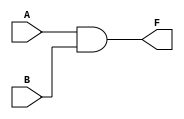
`timescale 1ns / 1ps 
//and gate 
module and_gate(
    input A,B,
    output F);
    
    and(F,A,B); //, 
    
endmodule

module half_adder_structural( //  :     
    input A,B,
    output sum,carry
    );
    
    xor(sum,A,B); //half_adder    
    and(carry,A,B);
      
endmodule






//half_adder_  
module half_adder_behavioral( //   :      
    input A,B, // wire
    output reg sum,carry 
    );
    
    always @(A,B)begin //always    reg reg=     
        case({A,B})
            2'b00:begin sum=0; carry=0; end //2bit//(2)////sum,carry    0+0
            2'b01:begin sum=1; carry=0; end //always =   reg 0+1 
            2'b10:begin sum=1; carry=0; end
            2'b11:begin sum=0; carry=1; end
            endcase
      end
      
endmodule


//half_adder_dataflow
module half_adder_detaflow(
    input A,B,
    output sum, carry
    );
    
    wire[1:0] sum_value; //   (2bit/,2 ) sum_value  
    
    assign sum_value = A+B; //assign:    assign =   ( )  1  2 
                            //A+B  sum_value 0,1,2 3  (2bit   3 ->3)
    assign sum = sum_value[0]; //sum_value 0() sum  //sum_value   2      sum . 
    assign carry= sum_value[1]; //sum_value 1  carry  ////sum_value   2      sum 
    

endmodule


//full_adder_structural
module full_adder_structural(
    input A,B,cin,
    output sum,carry);
    
    wire sum_0,carry_0,carry_1;
    
    //    ha           
    half_adder_behavioral ha0 (.A(A),.B(B),.sum(sum_0),.carry(carry_0)); //   half .A  (ha) A  A fa A   
     half_adder_behavioral ha1 (.A(sum_0),.B(cin),.sum(sum),.carry(carry_1)); //     
     //sum(sum) ha1 sum  sum  
     
     or(carry,carry_0, carry_1); //, ,  
     
 endmodule
 
 //1bit full_adder_
 module full_adder_behavioral(
    input A,B,cin,
    output reg sum,carry);
    
 always @(A,B,cin)begin //always    reg reg=     
        case({A,B,cin})
            3'b000:begin sum=0; carry=0; end //3bit//(2)////sum,carry   
            3'b001:begin sum=1; carry=0; end //always =   reg 
            3'b010:begin sum=1; carry=0; end //3bit ->3   sum1,  0 
            3'b011:begin sum=0; carry=1; end
            3'b100:begin sum=1; carry=0; end
            3'b101:begin sum=0; carry=1; end
            3'b110:begin sum=0; carry=1; end
            3'b111:begin sum=1; carry=1; end
            endcase
            
      end
 endmodule
 
 //1bit full_adder_dataflow
 module full_adder_detaflow(
    input A,B,cin,
    output sum, carry
    );
    
    wire[1:0] sum_value; //   (2bit/,2 ) sum_value  
    // 3  
    
    assign sum_value = A+B+cin; //assign:    assign =   ( )  1  2 
                            //A+B  sum_value 0,1,2 3  (2bit   3 ->3)
    assign sum = sum_value[0]; //sum_value 0() sum  //sum_value   2      sum . 
    assign carry= sum_value[1]; //sum_value 1  carry  ////sum_value   2      sum 
    

endmodule


//4bit_full_adder _  
  module fadder_4bit_s(
    input [3:0]A,B,
    input cin,
    output [3:0]sum,
    output carry);
    
    wire [2:0] carry_w; //  3 3 -> 0~2  : 3   carry_w     3  
 

  //   delay   carry[0
    full_adder_structural fa0 (.A(A[0]),.B(B[0]),.cin(cin), .sum(sum[0]),.carry(carry_w[0])); 
    full_adder_structural fa1( .A(A[1]), .B(B[1]), .cin(carry_w[0]), .sum(sum[1]),.carry(carry_w[1]));
    full_adder_structural fa2( .A(A[2]), .B(B[2]), .cin(carry_w[1]), .sum(sum[2]),.carry(carry_w[2]));
    full_adder_structural fa3( .A(A[3]), .B(B[3]), .cin(carry_w[2]), .sum(sum[3]),.carry(carry));
  
    
  endmodule

  
  //4bit_full_adder_  
   module fadder_4bit(
    input [3:0]A,B, //A,B 4bit . (4bit+4bit)
    input cin,
    output [3:0]sum,
    output carry);
    
    wire[4:0] temp;//temp 4bit + 4bit  5bit 5  
    
    assign temp = A+B+cin; 
    assign sum = temp[3:0]; //    1bit fulladder  ->   //4 sum  
    assign carry= temp[4]; //  carry  
    //temp[4:0] -> carry,sum[3:0] ->  5  
    //A:0101, B:0001, cin:0, sum[3:0]:0110 (A+B) carry:0,temp[4:0] :00110    
    
 
    endmodule
  
  
  //    
  module fadd_sub_4bit_s( 
    input [3:0]A,B,
    input s,   //add : s=0;, sub(): s=1
    output [3:0]sum,
    output carry);
    
    wire [2:0] carry_w; //  3 3 -> 0~2  : 3   carry_w     3  
  
    wire s0;
    xor (s0,B[0],s); //^:xor , &:and , |:or, ~ :not , ~^:xnor -> 
  
    full_adder_structural fa0 (.A(A[0]), .B(B[0]^s), .cin(s), .sum(sum[0]),.carry(carry_w[0])); //full adder b s xor    
    full_adder_structural fa1( .A(A[1]), .B(B[1]^s), .cin(carry_w[0]), .sum(sum[1]),.carry(carry_w[1])); //.B(B[1]^s == B(s1)
    full_adder_structural fa2( .A(A[2]), .B(B[2]^s), .cin(carry_w[1]), .sum(sum[2]),.carry(carry_w[2]));
    full_adder_structural fa3( .A(A[3]), .B(B[3]^s), .cin(carry_w[2]), .sum(sum[3]),.carry(carry)); 
    //not(carry,carry_w[3]);
   
  //    -> carry 0 ->carry 1    -->       
  //but''       
  //      
    
  endmodule
  
  //     
  module fadd_sub_4bit(
    input [3:0]A,B,
    input s,
    output [3:0] sum,
    output carry);
    
    wire[4:0] temp;
    assign temp = s ?  A - B : A + B;
    assign sum = temp[3:0];
    assign carry = ~temp[4]; //structural     
  
  endmodule

  // assign    A~^B    (   ) 
  module comparator_sub(
    input A,B,
    output equal,greater,less);
    
    assign equal = A ~^ B; //~^:xnor 
    assign greater =  A & ~B;
    assign less = ~A & B;
    
    
endmodule
 //  
 module comparator_dataflow(
    input A,B,
    output equal,greater,less);
    
    assign equal = (A == B)? 1'b1 : 1'b0; 
    assign greater =  (A > B) ? 1'b1 : 1'b0;
    assign less = (A < B) ? 1'b1 : 1'b0;
    
    
endmodule


//    (  ) 
 module comparator_N_bit #(parameter N = 4)(
    input [N-1:0 ]A,B, //4  [3:0]   
    output equal,greater,less);
    
    assign equal = (A == B)? 1'b1 : 1'b0;  // test ? A : B ==> test  A,  B 1'b1 
    assign greater =  (A > B) ? 1'b1 : 1'b0;//d-, b-2 
    assign less = (A < B) ? 1'b1 : 1'b0;
    
    
endmodule


//N-bit     ------> (???????????) 
module comparator_N_bit_test(
    input[1:0]A,B,
    output equal,greater,less);
    
    comparator_N_bit #(.N(2)) //16   8  
     c_16(.A(A), // c_16  
     .B(B), 
    .equal(equal), .greater(greater), .less(less));
    
endmodule

//   
  module comparator_N_bit_b #(parameter N = 4)(
    input [N-1:0 ]  A , B , //4  [3:0]   
    output reg equal,greater,less); //reg   
    
    always @(A,B) begin  //always  =    reg 
//         equal = (A == B)? 1'b1 : 1'b0; 
//         //assign alwyas   if   (: )   
//         assign if       
//         assign :  
//         always :   
        if(A == B) begin  //  :if () :     if     
            equal = 1;    
            greater = 0;
            less = 0;
        end
          else if(A > B) begin  // if     (A=B  )  else if     (   ) 
            equal = 0; 
            greater = 1;
            less = 0;
        end
        
        else begin //    if else  
            equal = 0; 
            greater = 0;
            less = 1;
        end
    end
   endmodule
   
   
   // 
 module decoder_2_4_s(
   input [1:0]  code,
   output [3:0] signal );
   
   wire [1:0] code_bar;
   not (code_bar[0], code[0]);
   not (code_bar[1], code[1]);
   
   and (signal[0], code_bar[1], code_bar[0]);
   and (signal[1], code_bar[1], code[0]);
   and (signal[2], code[1], code_bar[0]);
   and (signal[3], code[1], code[0]);    
   
   endmodule
  
  //    
module decoder_2_4_b(
   input[1:0] code,
   output reg [3:0] signal);
   
//   always @(code)
//    if      (code == 2'b00) signal = 4'b0001;
//    else if (code == 2'b01) signal = 4'b0010;
//    else if (code == 2'b10) signal = 4'b0100;
//    else                    signal = 4'b1000;

   always @(code) begin
        case(code)
           2'b00: signal = 4'b0001;
            2'b01:signal = 4'b0010;
            2'b10:signal = 4'b0100;
            2'b11:signal = 4'b1000;
            endcase
      end
   
   //always  case   -> begin,end 
  endmodule
 
 

   //////// /en 2*4_    //////////////////////////////////////////////
 module decoder_2_4_b_en(
   input[1:0] code,
   input en,
   output reg [3:0] signal
   );
   
     always @(code) begin
      if(en==1) 
        case(code) 
            2'b00: signal= 4'b0001;
            2'b01:signal = 4'b0010;
            2'b10:signal = 4'b0100;
            2'b11:signal = 4'b1000;
         endcase
         
     else 
            signal= 4'b0000;
      
     end 
     
   endmodule
 
   
   
   //////// /en 3*8 _   (en  2*4 _  2 ) //////////////////////////////////////////////////////////
 module decoder_3_8_b_en(
    input [2:0] code,
    output[7:0] signal); 
    
    decoder_2_4_b_en dec_low (.code(code[1:0]) , .en(~code[2]), .signal(signal[3:0]));    
    decoder_2_4_b_en dec_high (.code(code[1:0]) , .en(code[2]), .signal(signal[7:4])); 
    
    endmodule

 
   //   
 module decoder_2_4_d(
     input[1:0] code, //2 input code 
     output [3:0] signal);// 0~3 4 output signal  
   
    assign signal = (code == 2'b00) ? 4'b0001 : // code = 00  signal=0001 //   
                    (code == 2'b01) ? 4'b0010 : //code=00    //code=01  signal=0010 //   
                    (code == 2'b10) ? 4'b0100: 4'b1000;  //code=01    //code=10 signal=0100 //code=10  signal=1000  
   
   
 endmodule
 
 

 //enable  2*4    
 module decoder_2_4_en(
     input[1:0] code,
     input enable,
     output [3:0] signal);

    assign signal = (enable == 1'b0 ) ? 4 'b0000 : //enable 0 signal=0000// (enable=1)   
    (code == 2'b00)  ? 4'b0001 :  // code = 00  signal=0001 //  
    (code == 2'b01) ? 4'b0010 :   //code=00    //code=01  signal=0010 //  
    (code == 2'b10) ? 4'b0100: 4'b1000;  //code=01    //code=10 signal=0100 //code=10  signal=1000 
   
  
 endmodule
 
 
 
  //3*8 2*4 2     
 module decoder_3_8(
    input [2:0] code,
    output[7:0] signal);
    
    decoder_2_4_en dec_low (.code(code[1:0]), //decoder_2_4_en code   code[1:0]  //low (1->0) 
                           .enable(~code[2]),//decoder_2_4_en enable   ~code[2]  
                      .signal(signal[3:0]));//decoder_2_4_en signal   signal[3:0]     
    decoder_2_4_en dec_high (.code(code[1:0]) , 
                              .enable(code[2]), 
                         .signal(signal[7:4])); //decoder_2_4_en signal   signal[7:4]  //high (1->1)
    
    endmodule
 
  //   
 module encoder_4_2(
    input [3:0] signal,
    output[1:0] code);
    
    assign code = (signal == 4'b0001) ? 2'b00 :
     (signal == 4'b0010) ? 2'b01 : (signal == 4'b0100 ) ? 2'b10 : 2'b11; //0001,0010,0100     11  ->      
 
 endmodule
 
 //BCD 7segment   4      ->0   
 //     tr 1  0   
module decoder_7seg (
    input [3:0] hex_value, // 4 
    output reg [7:0] seg_7 // 8 , 7  
);
always @(hex_value) begin //hex_value =  
    // 7   
    case(hex_value)
        
                                //dpgfe_dcba//1    0  
            4'b0000: seg_7 = 8'b1100_0000; //0   ////// 8'b11; 
            4'b0001: seg_7 = 8'b1111_1001; //1   /////    .
            4'b0010: seg_7 = 8'b1010_0100; //2
            4'b0011: seg_7 = 8'b1011_0000; //3
            4'b0100: seg_7 = 8'b1001_1001; //4
            4'b0101: seg_7 = 8'b1001_0010; //5
            4'b0110: seg_7 = 8'b1000_0010; //6
            4'b0111: seg_7 = 8'b1101_1000; //7
            4'b1000: seg_7 = 8'b1000_0000; //8
            4'b1001: seg_7 = 8'b1001_0000; //9
            4'b1010: seg_7 = 8'b1000_1000; //A
            4'b1011: seg_7 = 8'b1000_0011; //B
            4'b1100: seg_7 = 8'b1100_0110; //C
            4'b1101: seg_7 = 8'b1010_0001; //D
            4'b1110: seg_7 = 8'b1000_0110; //E
            4'b1111: seg_7 = 8'b1000_1110; //f
 
    endcase
    //   
end
endmodule


//BCD 7  4    4    
module decoder_7seg_extra (
    input [3:0] hex_value, // 4 
    input [3:0] an_value, // 4 
    output reg [7:0] seg_7, // 8 
    output reg [3:0] an // 8 
);
always @(hex_value,an_value) begin
    case(hex_value)       //abcd_efgp
        4'b0000: seg_7 = 8'b0000_0011;  //0
        4'b0001: seg_7 = 8'b1001_1111;  //1
        4'b0010: seg_7 = 8'b0010_0101;  //2
        4'b0011: seg_7 = 8'b0000_1101;  //3
        4'b0100: seg_7 = 8'b1001_1001;  //4
        4'b0101: seg_7 = 8'b0100_1001;  //5
        4'b0110: seg_7 = 8'b0100_0001;  //6
        4'b0111: seg_7 = 8'b0001_1001;  //7
        4'b1000: seg_7 = 8'b0000_0001;  //8
        4'b1001: seg_7 = 8'b0001_1001;  //9
        4'b1010: seg_7 = 8'b0001_0001;  //A
        4'b1011: seg_7 = 8'b1100_0001;  //b
        4'b1100: seg_7 = 8'b0110_0011;  //C
        4'b1101: seg_7 = 8'b1000_0101;  //d
        4'b1110: seg_7 = 8'b0110_0001;  //E
        4'b1111: seg_7 = 8'b0111_0001;  //F
    endcase
    case(an_value)
        4'b0000: an = 4'b1111;
        4'b0001: an = 4'b1110;
        4'b0010: an = 4'b1101;
        4'b0011: an = 4'b1100;
        4'b0100: an = 4'b1011;
        4'b0101: an = 4'b1010;
        4'b0110: an = 4'b1001;
        4'b0111: an = 4'b1000;
        4'b1000: an = 4'b0111;
        4'b1001: an = 4'b0110;
        4'b1010: an = 4'b0101;
        4'b1011: an = 4'b0100;
        4'b1100: an = 4'b0011;
        4'b1101: an = 4'b0010;
        4'b1110: an = 4'b0001;
        4'b1111: an = 4'b0000;
    endcase
end
endmodule

//2*1 
  module mux_2_1(
    input [1:0] d,
    input s,
    output f);
   wire sbar, w0, w1;
        not(sbar,s);
        and(w0, sbar, d[0]);
        and(w1, s,d[1]);
        or(f, w0,w1);
endmodule

//2*1  
 module mux_2_1_dataflow(
    input [1:0] d,
    input s,
    output f);
   assign f = s ? d[1] : d[0]; //not D0  S   D1,   D0
    //s 0 d[0] s 1 d[1] 
 endmodule
 


//MUX 4*1 
module mux_4_1(
    input [3:0] d,
    input [1:0] s,
    output f);
   assign f =d[s]; //s 01  d[1] s 11  D[3] 
endmodule


//MUX 8*1
module mux_8_1(
    input [7:0] d,
    input [2:0] s,  //5   0  2 1  //s        
    // 8 s     3bit  
    output f);
   assign f =d[s]; //s 1  d[1] s 0011  D[3]
endmodule



//DEMUX_1*4 
module demux_1_4(
    input d,
    input [1:0] s, // 4 select 2
    output [3:0] f);   //d 1 0 0 
    
    assign f= (s == 2'b00) ? {3'b000 , d} : //s 00   000d  
              (s == 2'b01) ? {2'b00, d, 1'b0 }://s 01(1)   00d0(1 )  -->f[1]    
              (s == 2'b10) ? {1'b0, d, 2'b00} : // s 10(2) ,  0b00(2 )  -->f[2]     
                                {d, 3'b000}; // s 11(3) ,  d000  
                    
                    
  endmodule
 
 //mux_demux   
 module mux_demux(
    input [7:0] d,
    input [2:0] s_mux, //mux s
    input [1:0] s_demux, //demux s
    output [3:0] f); //demux  4 
    
    
    wire w;
 
    
 mux_8_1 mux( //, (mux)
    .d(d), .s(s_mux), .f(w)  );
 
 
demux_1_4 demux(
   .d(w), .s(s_demux), .f(f) ); 
 
 endmodule
 
 
 /////////////////// //////////////////////////////////////////
 
 module bin_to_dec( //10 2 25  37   
        input [11:0] bin,
        output reg [15:0] bcd
    );
    reg [3:0] i;
    always @(bin) begin
        bcd = 0;
        for (i=0;i<12;i=i+1)begin
            bcd = {bcd[14:0], bin[11-i]}; // 
            if(i < 11 && bcd[3:0] > 4) bcd[3:0] = bcd[3:0] + 3;
            if(i < 11 && bcd[7:4] > 4) bcd[7:4] = bcd[7:4] + 3;
            if(i < 11 && bcd[11:8] > 4) bcd[11:8] = bcd[11:8] + 3;
            if(i < 11 && bcd[15:12] > 4) bcd[15:12] = bcd[15:12] + 3;
        end
    end
endmodule